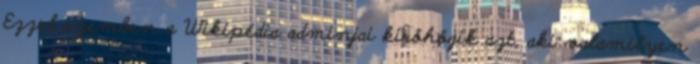
Ezzel szemben a Wikipédia adminjai kiröhögik azt, aki valamilyen